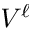
V ^ { \ell }